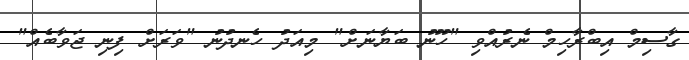
ގާސިމް އިބްރާހިމް ނެރުއްވި "ހޫނު ބަޔާނަށް" މިއަދު ހެނދުނު "ވަރަށް ފިނި ޖަވާބެއް"